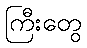
ကြီးတွေ